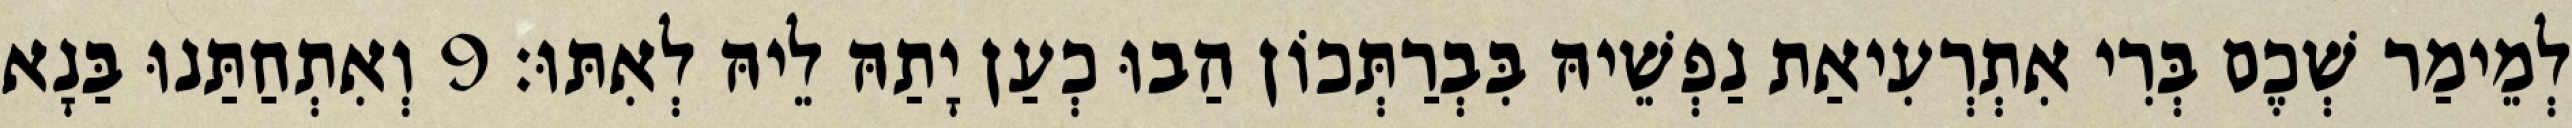
לְמֵימַר שְׁכֶם בְּרִי אִתְרְעִיאַת נַפְשֵׁיהּ בִּבְרַתְּכוֹן הַבוּ כְעַן יָתַהּ לֵיהּ לְאִתּוּ׃ 9 וְאִתְחַתַּנוּ בַּנָא